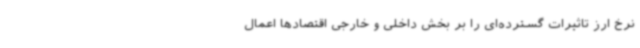
نرخ ارز تاثیرات گسترده‌ای را بر بخش داخلی و خارجی اقتصادها اعمال